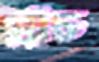
প্রাচ